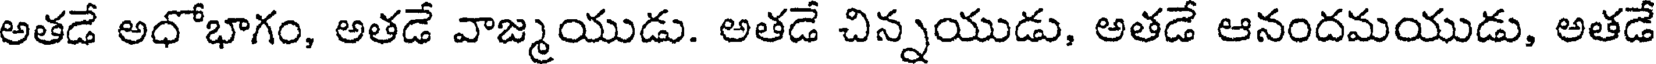
అతడే అధోభాగం, అతడే వాజ్మయుడు. అతడే చిన్నయుడు, అతడే ఆనందమయుడు, అతడే